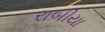
રાબીયા